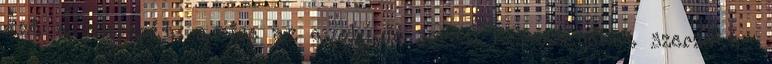
azt a szerepét, amire az evolució során képességeket szerzett-